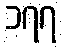
၁၇၇